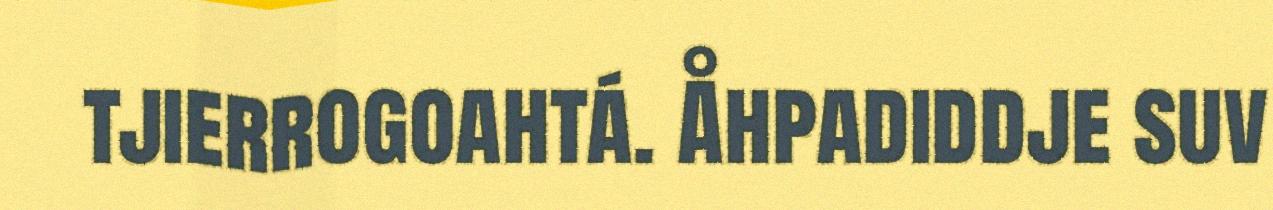
tjierrogoahtá. Åhpadiddje suv